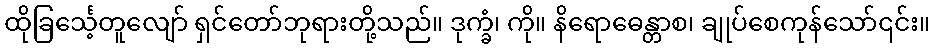
ထိုခြင်္သေ့တူလျော် ရှင်တော်ဘုရားတို့သည်။ ဒုက္ခံ၊ ကို။ နိရောဓေန္တာစ၊ ချုပ်စေကုန်သော်၎င်း။